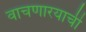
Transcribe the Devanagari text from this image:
वाचणारयाची